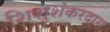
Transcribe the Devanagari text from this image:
शिशुशंकरदास